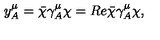
y _ { A } ^ { \mu } = \bar { \chi } \gamma _ { A } ^ { \mu } \chi = R e { \bar { \chi } \gamma _ { A } ^ { \mu } \chi } ,